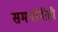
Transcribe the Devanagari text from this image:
समर्थांनीही